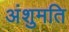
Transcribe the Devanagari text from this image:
अंशुमति